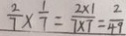
\frac { 2 } { 7 } \times \frac { 1 } { 7 } = \frac { 2 \times 1 } { 7 \times 7 } = \frac { 2 } { 4 9 }